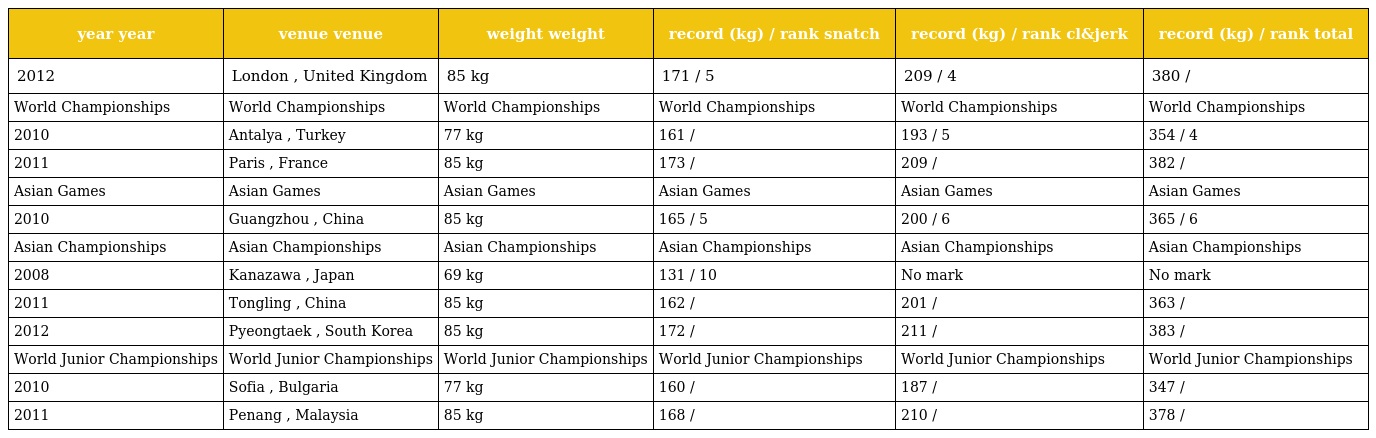
| year year | venue venue | weight weight | record (kg) / rank snatch | record (kg) / rank cl&jerk | record (kg) / rank total |
 | --- | --- | --- | --- | --- | --- |
 | 2012 | London , United Kingdom | 85 kg | 171 / 5 | 209 / 4 | 380 / |
 | World Championships | World Championships | World Championships | World Championships | World Championships | World Championships |
 | 2010 | Antalya , Turkey | 77 kg | 161 / | 193 / 5 | 354 / 4 |
 | 2011 | Paris , France | 85 kg | 173 / | 209 / | 382 / |
 | Asian Games | Asian Games | Asian Games | Asian Games | Asian Games | Asian Games |
 | 2010 | Guangzhou , China | 85 kg | 165 / 5 | 200 / 6 | 365 / 6 |
 | Asian Championships | Asian Championships | Asian Championships | Asian Championships | Asian Championships | Asian Championships |
 | 2008 | Kanazawa , Japan | 69 kg | 131 / 10 | No mark | No mark |
 | 2011 | Tongling , China | 85 kg | 162 / | 201 / | 363 / |
 | 2012 | Pyeongtaek , South Korea | 85 kg | 172 / | 211 / | 383 / |
 | World Junior Championships | World Junior Championships | World Junior Championships | World Junior Championships | World Junior Championships | World Junior Championships |
 | 2010 | Sofia , Bulgaria | 77 kg | 160 / | 187 / | 347 / |
 | 2011 | Penang , Malaysia | 85 kg | 168 / | 210 / | 378 / |